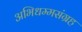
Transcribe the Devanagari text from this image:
अभिधम्मसंग्रह